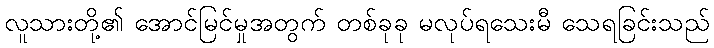
လူသားတို့၏ အောင်မြင်မှုအတွက် တစ်ခုခု မလုပ်ရသေးမီ သေရခြင်းသည်